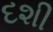
દશી